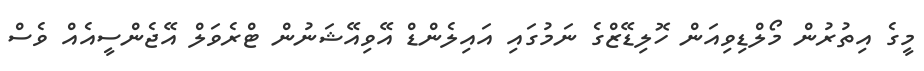
މީގެ އިތުރުން މޯލްޑިވިއަން ހޮލިޑޭޒްގެ ނަމުގައި އައިލެންޑް އޭވިއޭޝަނުން ޓްރެވަލް އޭޖެންސީއެއް ވެސް